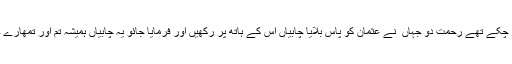
چابیاں حضور ۖ کے ہاتھ میں تھیں ‘حضرت علی سمیت معتبر صحابہ ان چابیوں کا تقاضہ کر چکے تھے رحمتِ دو جہاں ۖ نے عثمان کو پاس بلایا چابیاں اُس کے ہاتھ پر رکھیں اور فرمایا جائو یہ چابیاں ہمیشہ تم اور تمھارے خاندان کے پاس رہیں گی یہ اعزاز ِ خاص آج بھی عثمان بن طلحہ کے خاندان کے پا س ہے ۔